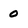
Character: 0